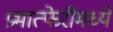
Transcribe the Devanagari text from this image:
प्रभात्फेरीमध्ये